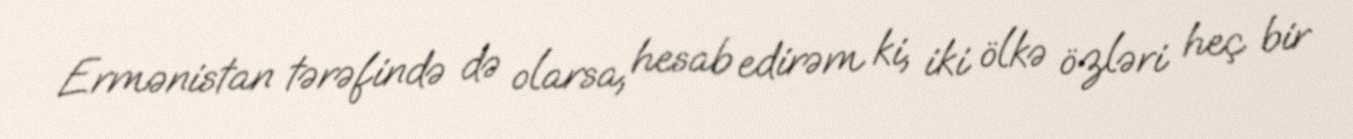
Ermənistan tərəfində də olarsa, hesab edirəm ki, iki ölkə özləri heç bir